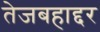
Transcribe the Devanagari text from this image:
तेजबहाद्दर